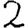
Digit: 2